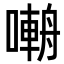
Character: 𡀑